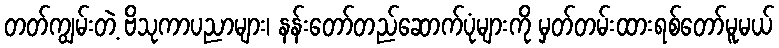
တတ်ကျွမ်းတဲ့ ဗိသုကာပညာများ၊ နန်းတော်တည်ဆောက်ပုံများကို မှတ်တမ်းထားရစ်တော်မူမယ်